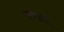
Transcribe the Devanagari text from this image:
उपाल